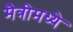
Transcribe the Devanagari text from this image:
मैत्रीमध्ये